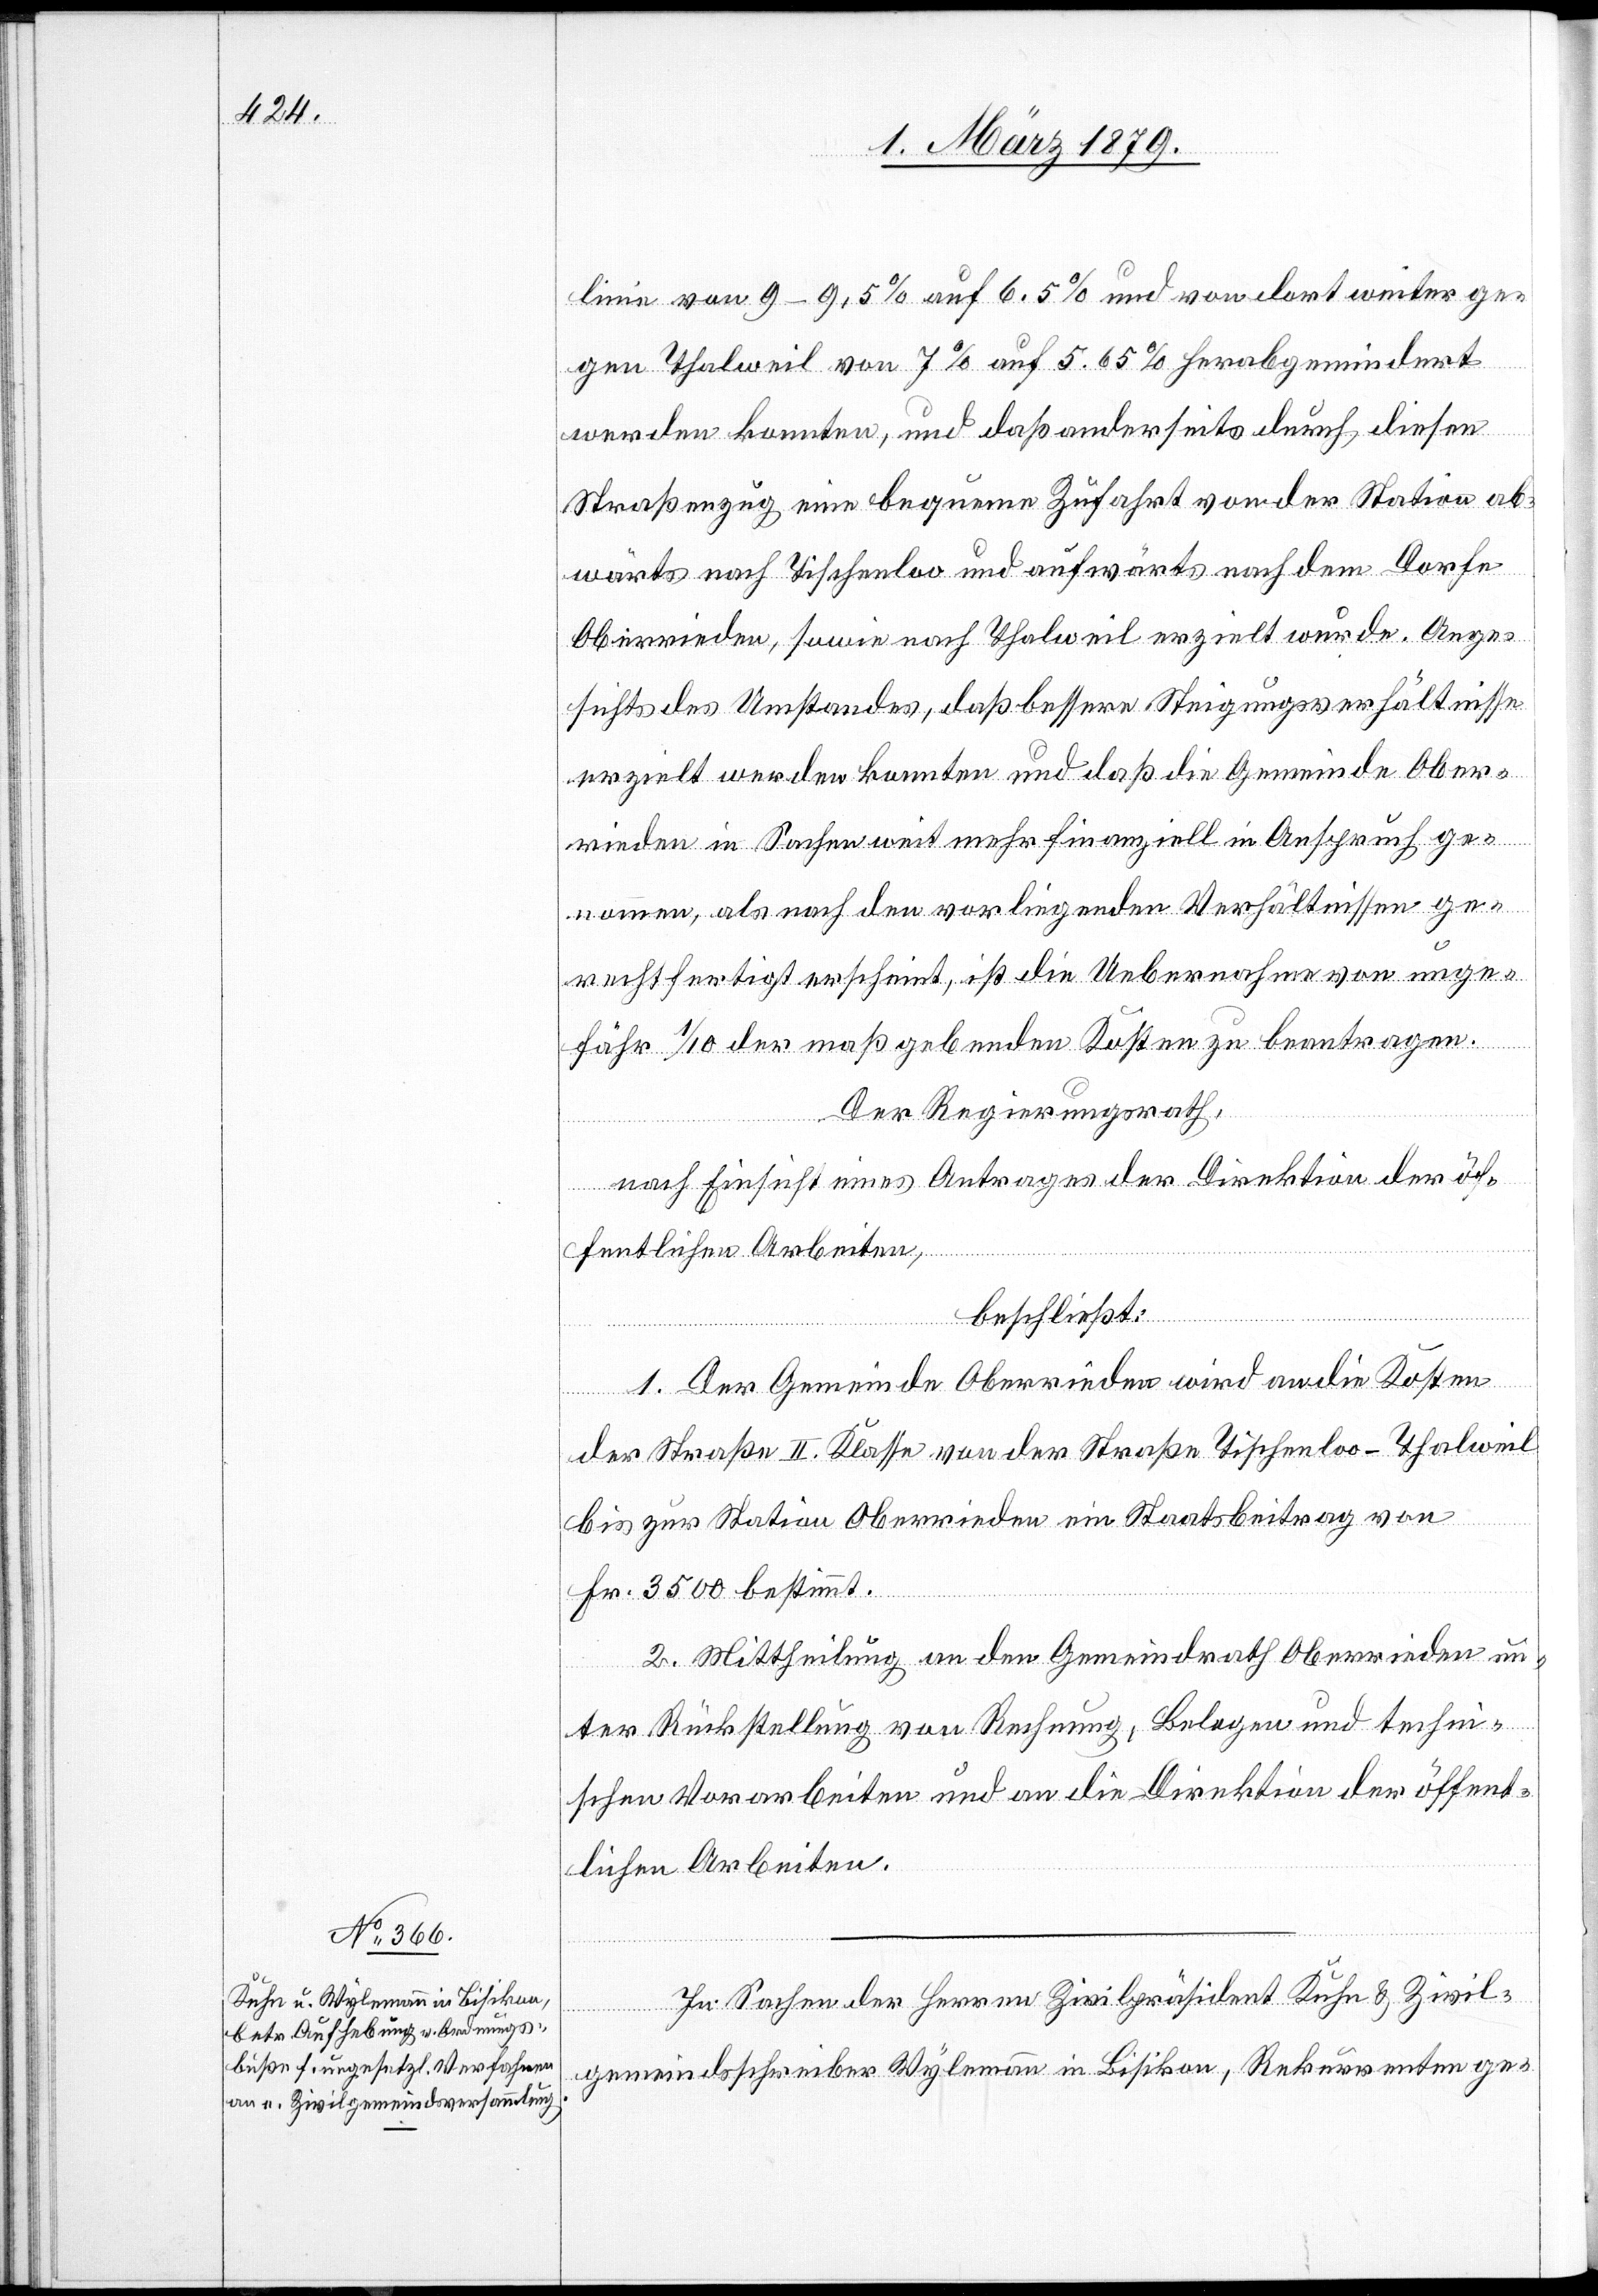
linie von 9–9.5% auf 6.5% und von dort weiter ge¬
gen Thalweil von 7% auf 5.65% herabgemindert
werden konnten, und daß anderseits durch diesen
Straßenzug eine bequeme Zufahrt von der Station ab¬
wärts nach Tischenloo und aufwärts nach dem Dorfe
Oberrieden, sowie nach Thalweil erzielt wurde. Ange¬
sichts des Umstandes, daß bessere Steigungsverhältnisse
erzielt werden konnten und daß die Gemeinde Ober¬
rieden in Sachen weit mehr finanziell in Anspruch ge¬
nommen, als nach den vorliegenden Verhältnissen ge¬
rechtfertigt erscheint, ist die Uebernahme von unge¬
fähr 1/10 der maßgebenden Kosten zu beantragen.
Der Regierungsrath,
nach Einsicht eines Antrages der Direktion der öf¬
fentlichen Arbeiten,
beschließt:
1. Der Gemeinde Oberrieden wird an die Kosten
der Straße II. Klasse von der Straße Tischenloo–Thalweil
bis zur Station Oberrieden ein Staatsbeitrag von
Fr. 3500 bestimmt.
2. Mittheilung an den Gemeindrath Oberrieden un¬
ter Rückstellung von Rechnung, Belegen und techni¬
schen Vorarbeiten und an die Direktion der öffent¬
lichen Arbeiten.
In Sachen der Herren Zivilpräsident Kuhn & Zivil¬
gemeindsschreiber Wylemann in Bisikon, Rekurrenten ge-